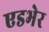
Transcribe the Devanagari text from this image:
एडभेर